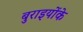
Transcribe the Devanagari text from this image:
बुराइयोंके